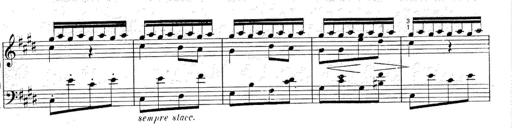
Title: Le rossignol
Composer: Franz Liszt